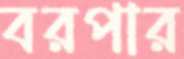
বরপার